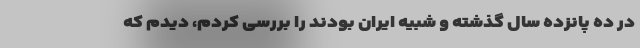
در ده پانزده سال گذشته و شبیه ایران بودند را بررسی کردم، دیدم که